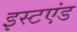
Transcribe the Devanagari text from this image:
इस्टएंड